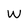
Character: W